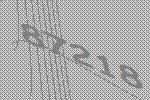
87218